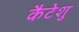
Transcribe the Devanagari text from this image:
कैटेशु